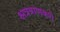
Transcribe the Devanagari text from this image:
क्षत्रत्राणकरी